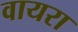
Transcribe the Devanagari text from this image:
वायरा